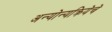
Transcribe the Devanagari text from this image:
अन्योन्यक्रियेचे